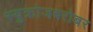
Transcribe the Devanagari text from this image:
स्युक्रोजबरोबर